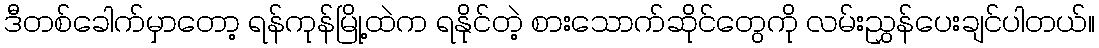
ဒီတစ်ခေါက်မှာတော့ ရန်ကုန်မြို့ထဲက ရနိုင်တဲ့ စားသောက်ဆိုင်တွေကို လမ်းညွှန်ပေးချင်ပါတယ်။